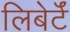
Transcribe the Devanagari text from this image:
लिबेर्टॅ